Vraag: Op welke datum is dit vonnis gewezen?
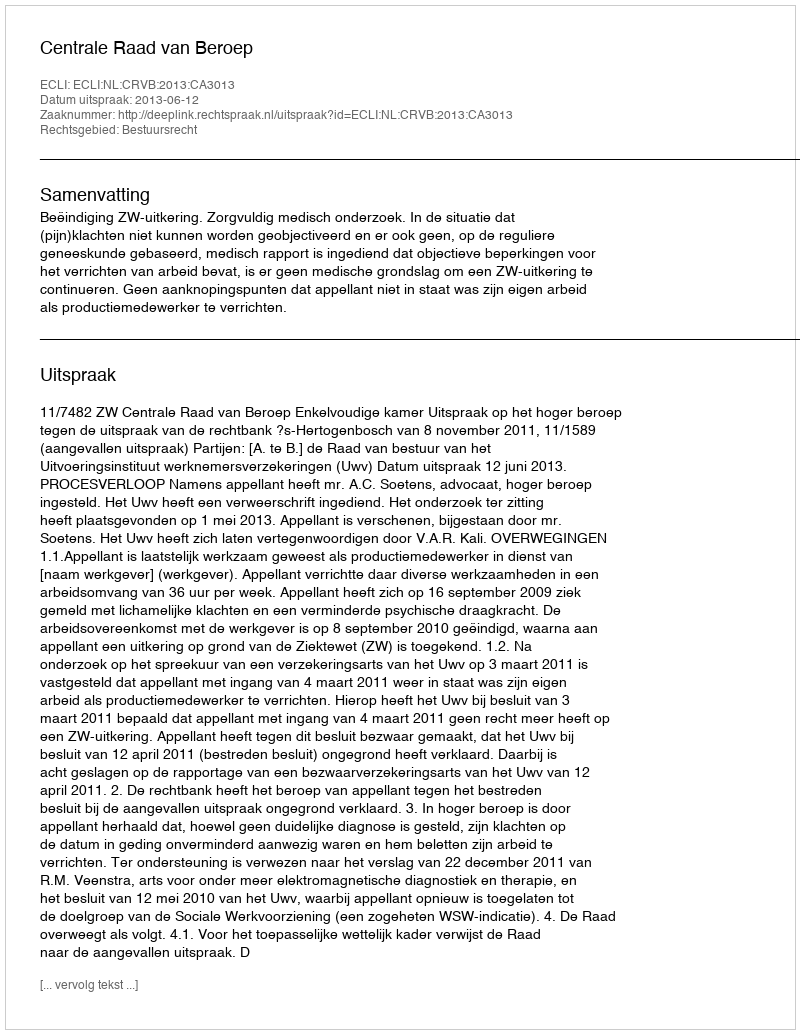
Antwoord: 2013-06-12